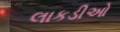
લાકડીઓ